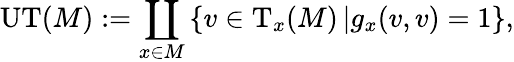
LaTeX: \mathrm{UT}(M):=\coprod_{x\in M}\left\{ v\in\mathrm{T}_{x}(M)\left|g_{x}(v,v)=1\right.\right\} ,